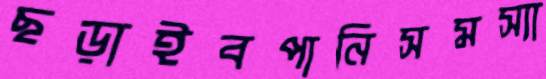
ছড়াইবপানিসমস্যা